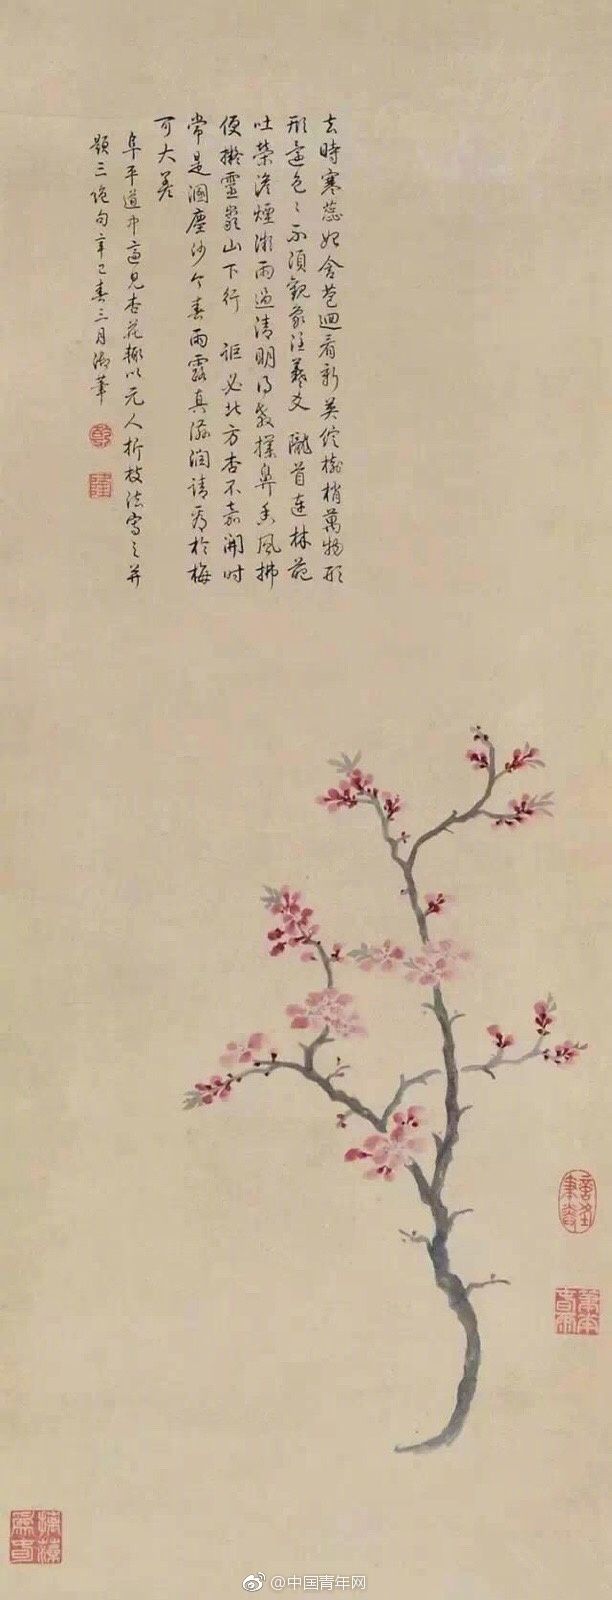
惆怅东栏一株雪，人生看得几清明。